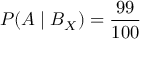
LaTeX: P ( A \mid B _ { X } ) = { \frac { 9 9 } { 1 0 0 } }